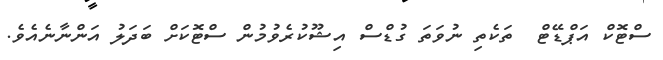
ސްޓޮކް އަޕްޑޭޓް  ތަކެތި ނުވަތަ ގުޑްސް އިޝޫކުރެވުމުން ސްޓޮކަށް ބަދަލު އަންނާނެއެވެ.